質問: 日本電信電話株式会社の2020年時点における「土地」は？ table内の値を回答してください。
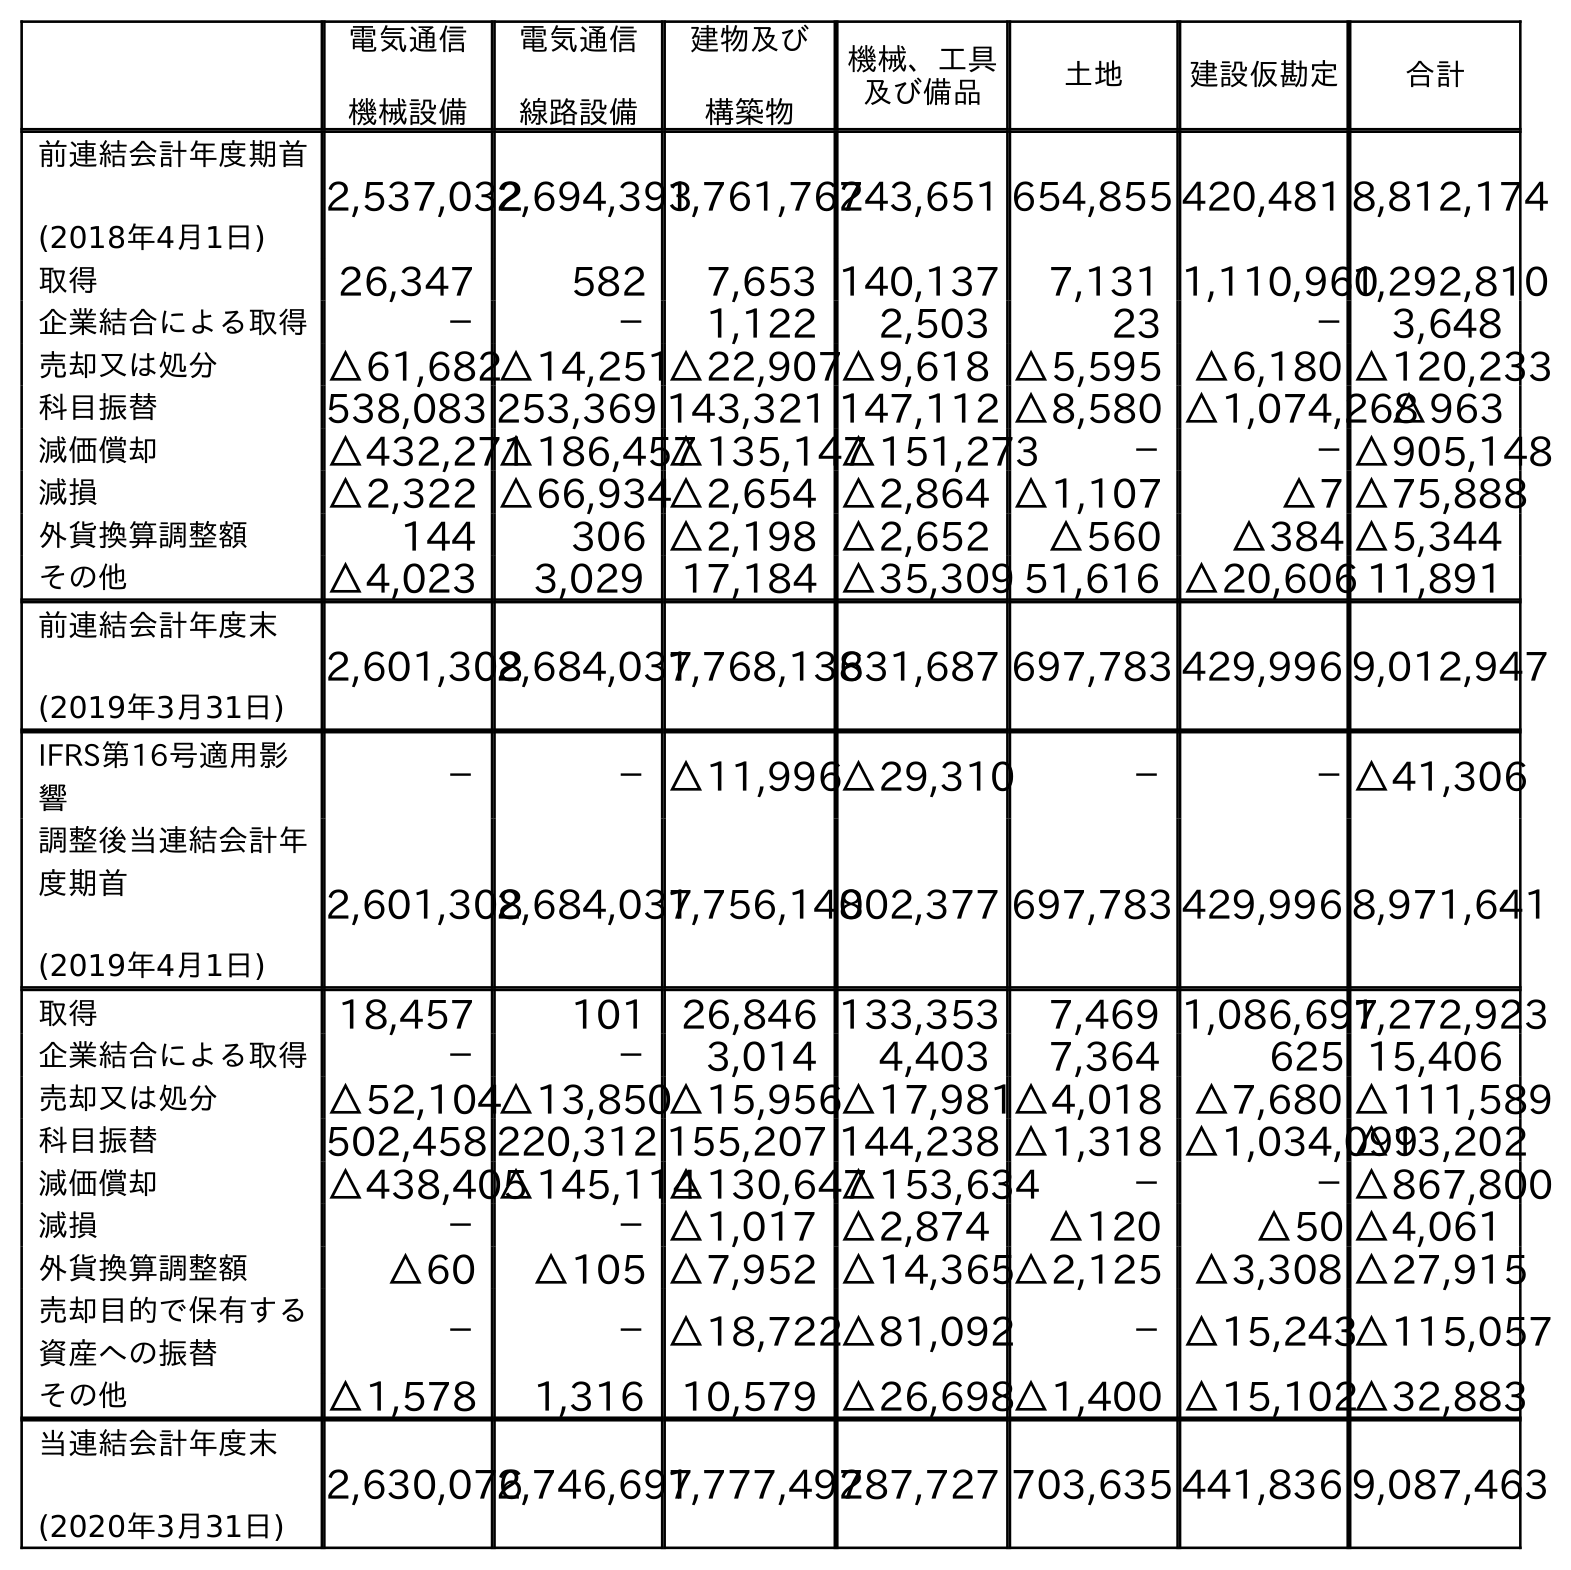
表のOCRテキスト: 電気通信 機械設備 電気通信 線路設備 建物及び 構築物 機械、工具 及び備品 土地 建設仮勘定 合計 前連結会計年度期首 (2018年4月1日) 2,537,0322,694,3931,761,762743,651 654,855 420,481 8,812,174 取得 26,347 582 7,653 140,137 7,131 1,110,9601,292,810 企業結合による取得 － － 1,122 2,503 23 － 3,648 売却又は処分 △61,682△14,251△22,907△9,618 △5,595 △6,180 △120,233 科目振替 538,083 253,369 143,321 147,112 △8,580 △1,074,268△963 減価償却 △432,271△186,457△135,147△151,273 － －△905,148 減損 △2,322 △66,934△2,654 △2,864 △1,107 △7 △75,888 外貨換算調整額 144 306 △2,198 △2,652 △560 △384 △5,344 その他 △4,023 3,029 17,184 △35,309 51,616 △20,606 11,891 前連結会計年度末 (2019年3月31日) 2,601,3082,684,0371,768,136831,687 697,783 429,996 9,012,947 IFRS第16号適用影 響 － －△11,996△29,310 － －△41,306 調整後当連結会計年 度期首 (2019年4月1日) 2,601,3082,684,0371,756,140802,377 697,783 429,996 8,971,641 取得 18,457 101 26,846 133,353 7,469 1,086,6971,272,923 企業結合による取得 － － 3,014 4,403 7,364 625 15,406 売却又は処分 △52,104△13,850△15,956△17,981△4,018 △7,680 △111,589 科目振替 502,458 220,312 155,207 144,238 △1,318 △1,034,099 △13,202 減価償却 △438,405△145,114△130,647△153,634 － －△867,800 減損 － －△1,017 △2,874 △120 △50 △4,061 外貨換算調整額 △60 △105 △7,952 △14,365△2,125 △3,308 △27,915 売却目的で保有する 資産への振替 － －△18,722△81,092 －△15,243△115,057 その他 △1,578 1,316 10,579 △26,698△1,400 △15,102△32,883 当連結会計年度末 (2020年3月31日) 2,630,0762,746,6971,777,492787,727 703,635 441,836 9,087,463
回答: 703,635